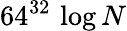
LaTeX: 64^{32}\, \log N